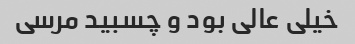
خیلی عالی بود و چسبید مرسی